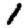
Digit: 1